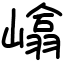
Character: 嶖